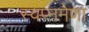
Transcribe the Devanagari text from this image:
स्वप्नमेणा